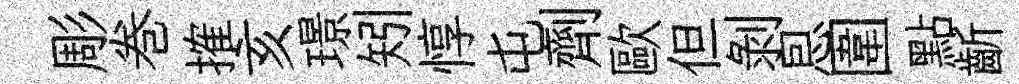
彫巻搉亥璟矧惇屯劑歐但剝㤙圍點齗